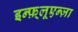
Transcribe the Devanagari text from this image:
इन्फ़्लूएन्ज़ा